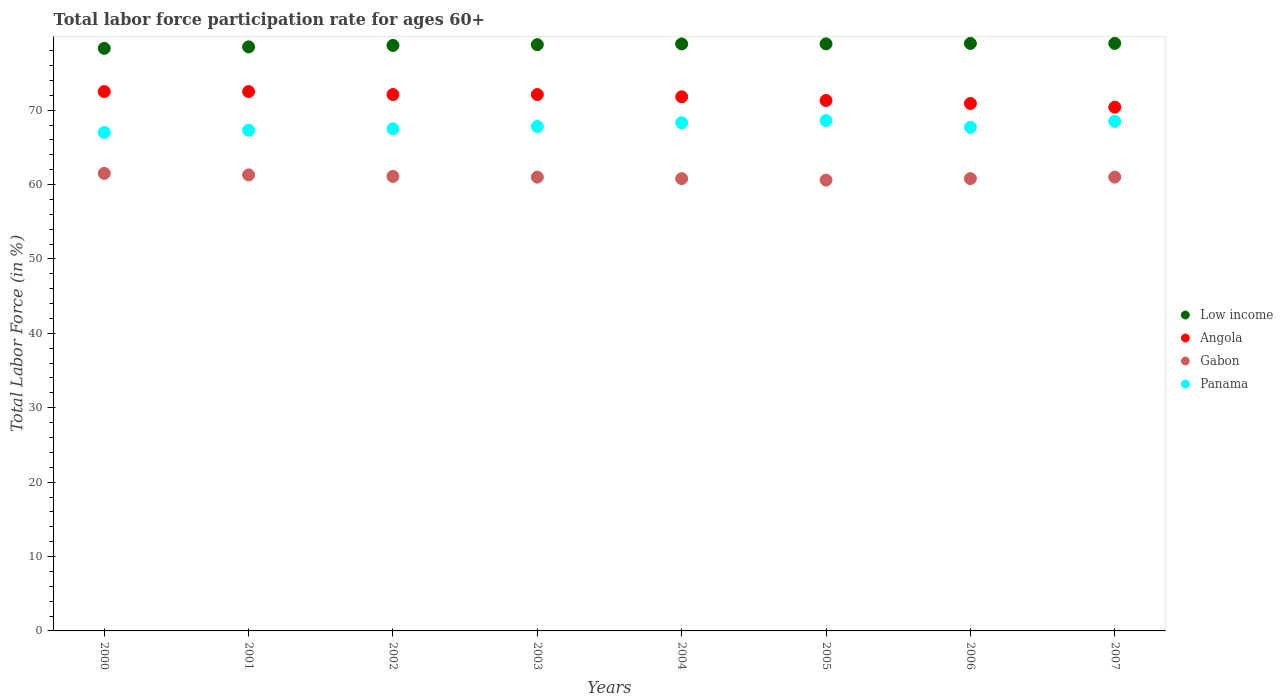
| Years | Low income | Angola | Gabon | Panama |
 | --- | --- | --- | --- | --- |
 | 2000 | 78.3 | 72.5 | 61.5 | 67 |
 | 2001 | 78.5 | 72.5 | 61.3 | 67.3 |
 | 2002 | 78.7 | 72.1 | 61.1 | 67.5 |
 | 2003 | 78.8 | 72.1 | 61 | 67.8 |
 | 2004 | 78.9 | 71.8 | 60.8 | 68.3 |
 | 2005 | 78.9 | 71.3 | 60.6 | 68.6 |
 | 2006 | 79 | 70.9 | 60.8 | 67.7 |
 | 2007 | 79 | 70.4 | 61 | 68.5 |